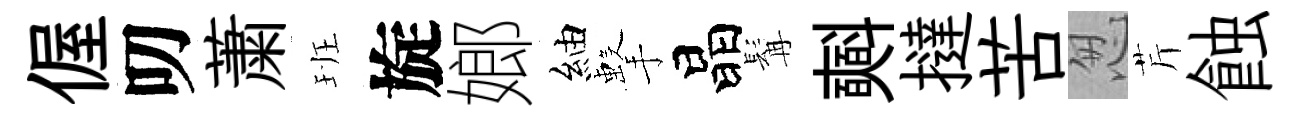
偓叨䔥班旋嫏紬擊晶髯𣂏撻苦怱芹蝕